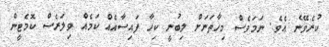
ކުރެވޭނެ އެވެ. ނަމަވެސް މިހާތަނަށް ލިބުނީ ކިހާ ފައިސާއެއް ކަމެއް ވިލަރެސް ކޮމެޓީން